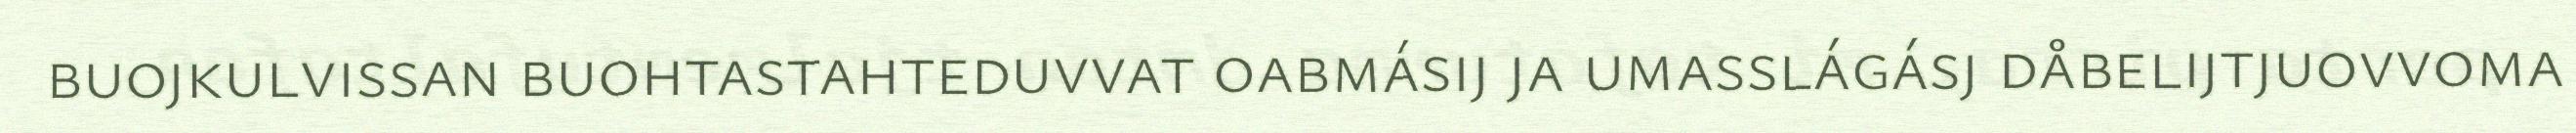
buojkulvissan buohtastahteduvvat oabmásij ja umasslágásj dåbelijtjuovvoma